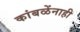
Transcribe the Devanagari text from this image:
कांबळेंनाही